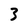
Character: 3